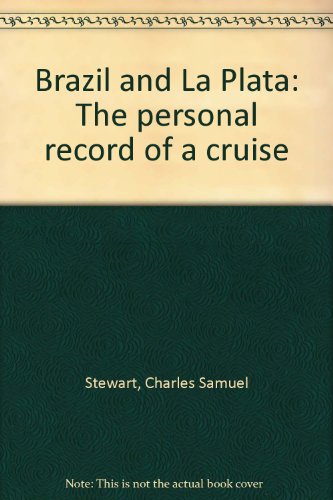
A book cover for Brazil and La Plata: The personal record of a cruise; Charles Samuel Stewart; Travel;